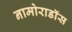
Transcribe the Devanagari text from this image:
नामोराडॉस